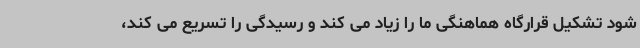
شود تشکیل قرارگاه هماهنگی ما را زیاد می کند و رسیدگی را تسریع می کند،